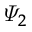
\varPsi _ { 2 }